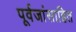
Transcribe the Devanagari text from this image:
पूर्वजांसाहित